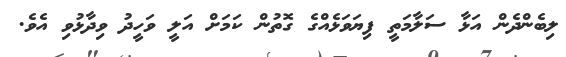
ލިބެންދެން އަޅާ ސަލާމަތީ ފިޔަވަޅެއްގެ ގޮތުން ކަމަށް އަލީ ވަހީދު ވިދާޅުވި އެވެ.